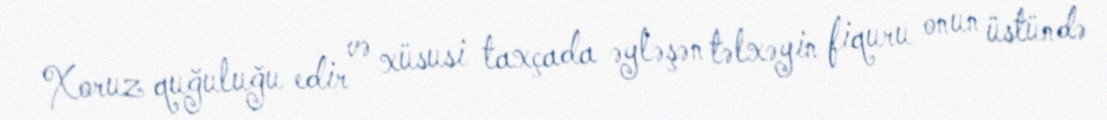
Xoruz quğuluğu edir və xüsusi taxçada əyləşən təlxəyin fiquru onun üstündə